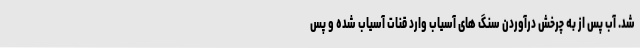
شد. آب پس از به چرخش درآوردن سنگ های آسیاب وارد قنات آسیاب شده و پس